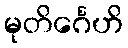
မုတိင်္ဂေဟိ